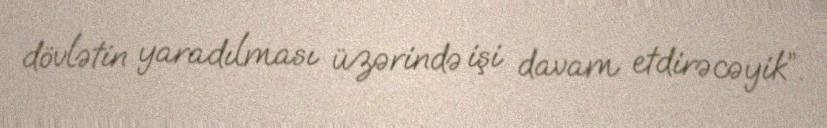
dövlətin yaradılması üzərində işi davam etdirəcəyik”.